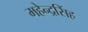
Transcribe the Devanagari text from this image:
महेन्द्रसिंह